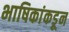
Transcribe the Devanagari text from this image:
भाषिकांकडून